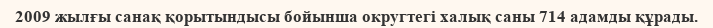
2009 жылғы санақ қорытындысы бойынша округтегі халық саны 714 адамды құрады.